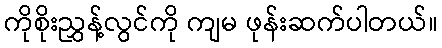
ကိုစိုးညွှန့်လွင်ကို ကျမ ဖုန်းဆက်ပါတယ်။